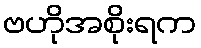
ဗဟိုအစိုးရက